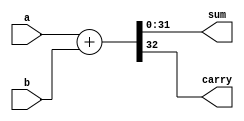
`timescale 1ns / 1ps
//////////////////////////////////////////////////////////////////////////////////
// Company: 
// Engineer: 
// 
// Design Name: 
// Module Name:    Adder 
// Project Name: 
// Target Devices: 
// Tool versions: 
// Description: 
//
// Dependencies: 
//
// Revision: 
// Revision 0.01 - File Created
// Additional Comments: 
//
//////////////////////////////////////////////////////////////////////////////////
module Adder(
    input [31:0] a,
	 input [31:0] b,
	 output [31:0] sum,
	 output carry
    );
	 
	 assign {carry, sum} = a + b;

endmodule